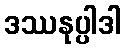
ဒဿနုပ္ပါဒါ